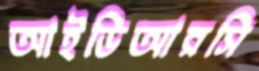
আইডিআরসি